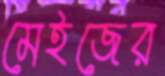
মেইজের